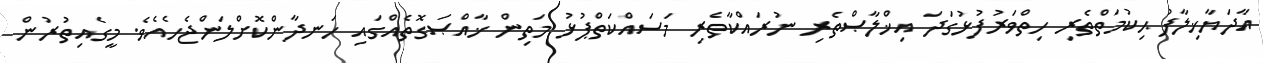
އާދަޔާޚިލާފު ޙިކުމަތްތެރި ހިތްވަރުފުޅުގަދަ އިޚްލާޞްތެރި ނުރައްކާތެރި މަސައްކަތްޕުޅު މަތިން ޚާއްޞަގޮތެއްގައި ހަނދާންކޮށްލަންޖެހެއެވެ. މީގެއިތުރުން